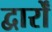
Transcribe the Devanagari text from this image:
द्वार्रों